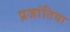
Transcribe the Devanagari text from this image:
प्रजांतिया